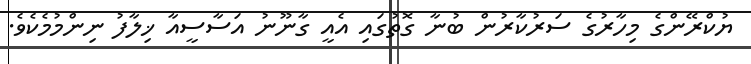
ޔުކްރޭންގެ މިހާރުގެ ސަރުކާރުން ބުނާ ގޮތުގައި އެއީ ގާނޫނު އަސާސީއާ ޚިލާފު ނިންމުމެކެވެ.